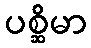
ပစ္ဆိမာ